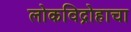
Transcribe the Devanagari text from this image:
लोकविद्रोहाचा